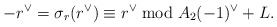
\begin{align*}-r^\vee = \sigma_r(r^\vee) \equiv r^\vee \bmod A_2(-1)^{\vee} + L.\end{align*}